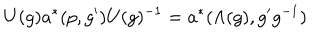
U ( g ) a ^ { * } ( p , g ^ { \prime } ) U ( g ) ^ { - 1 } = a ^ { * } ( \Lambda ( g ) , g ^ { \prime } g ^ { - 1 } )